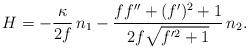
LaTeX: \begin{align*} H=-\frac{\kappa}{2f} \,n_1 - \frac{f f''+(f')^2 + 1}{2f \sqrt{f'^2+1}} \,n_2.\end{align*}